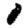
Digit: 0